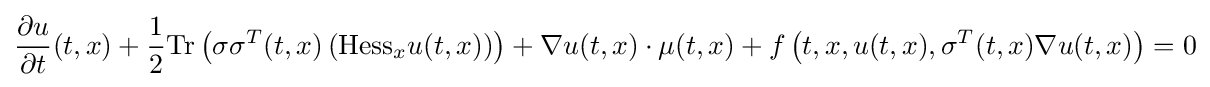
{\frac {\partial u}{\partial t}}(t,x)+{\frac {1}{2}}{\text{Tr}}\left(\sigma \sigma ^{T}(t,x)\left({\text{Hess}}_{x}u(t,x)\right)\right)+\nabla u(t,x)\cdot \mu (t,x)+f\left(t,x,u(t,x),\sigma ^{T}(t,x)\nabla u(t,x)\right)=0